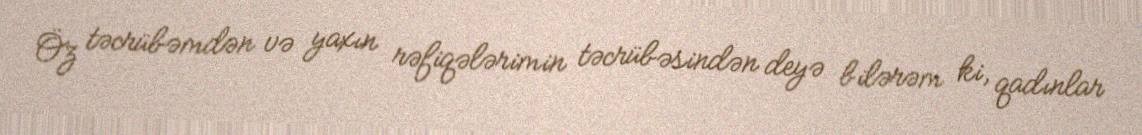
Öz təcrübəmdən və yaxın rəfiqələrimin təcrübəsindən deyə bilərəm ki, qadınlar